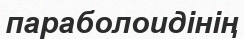
параболоидінің